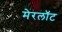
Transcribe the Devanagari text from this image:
मेरलॉट